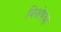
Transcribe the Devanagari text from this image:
विशेषथा